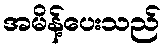
အမိန့်ပေးသည်